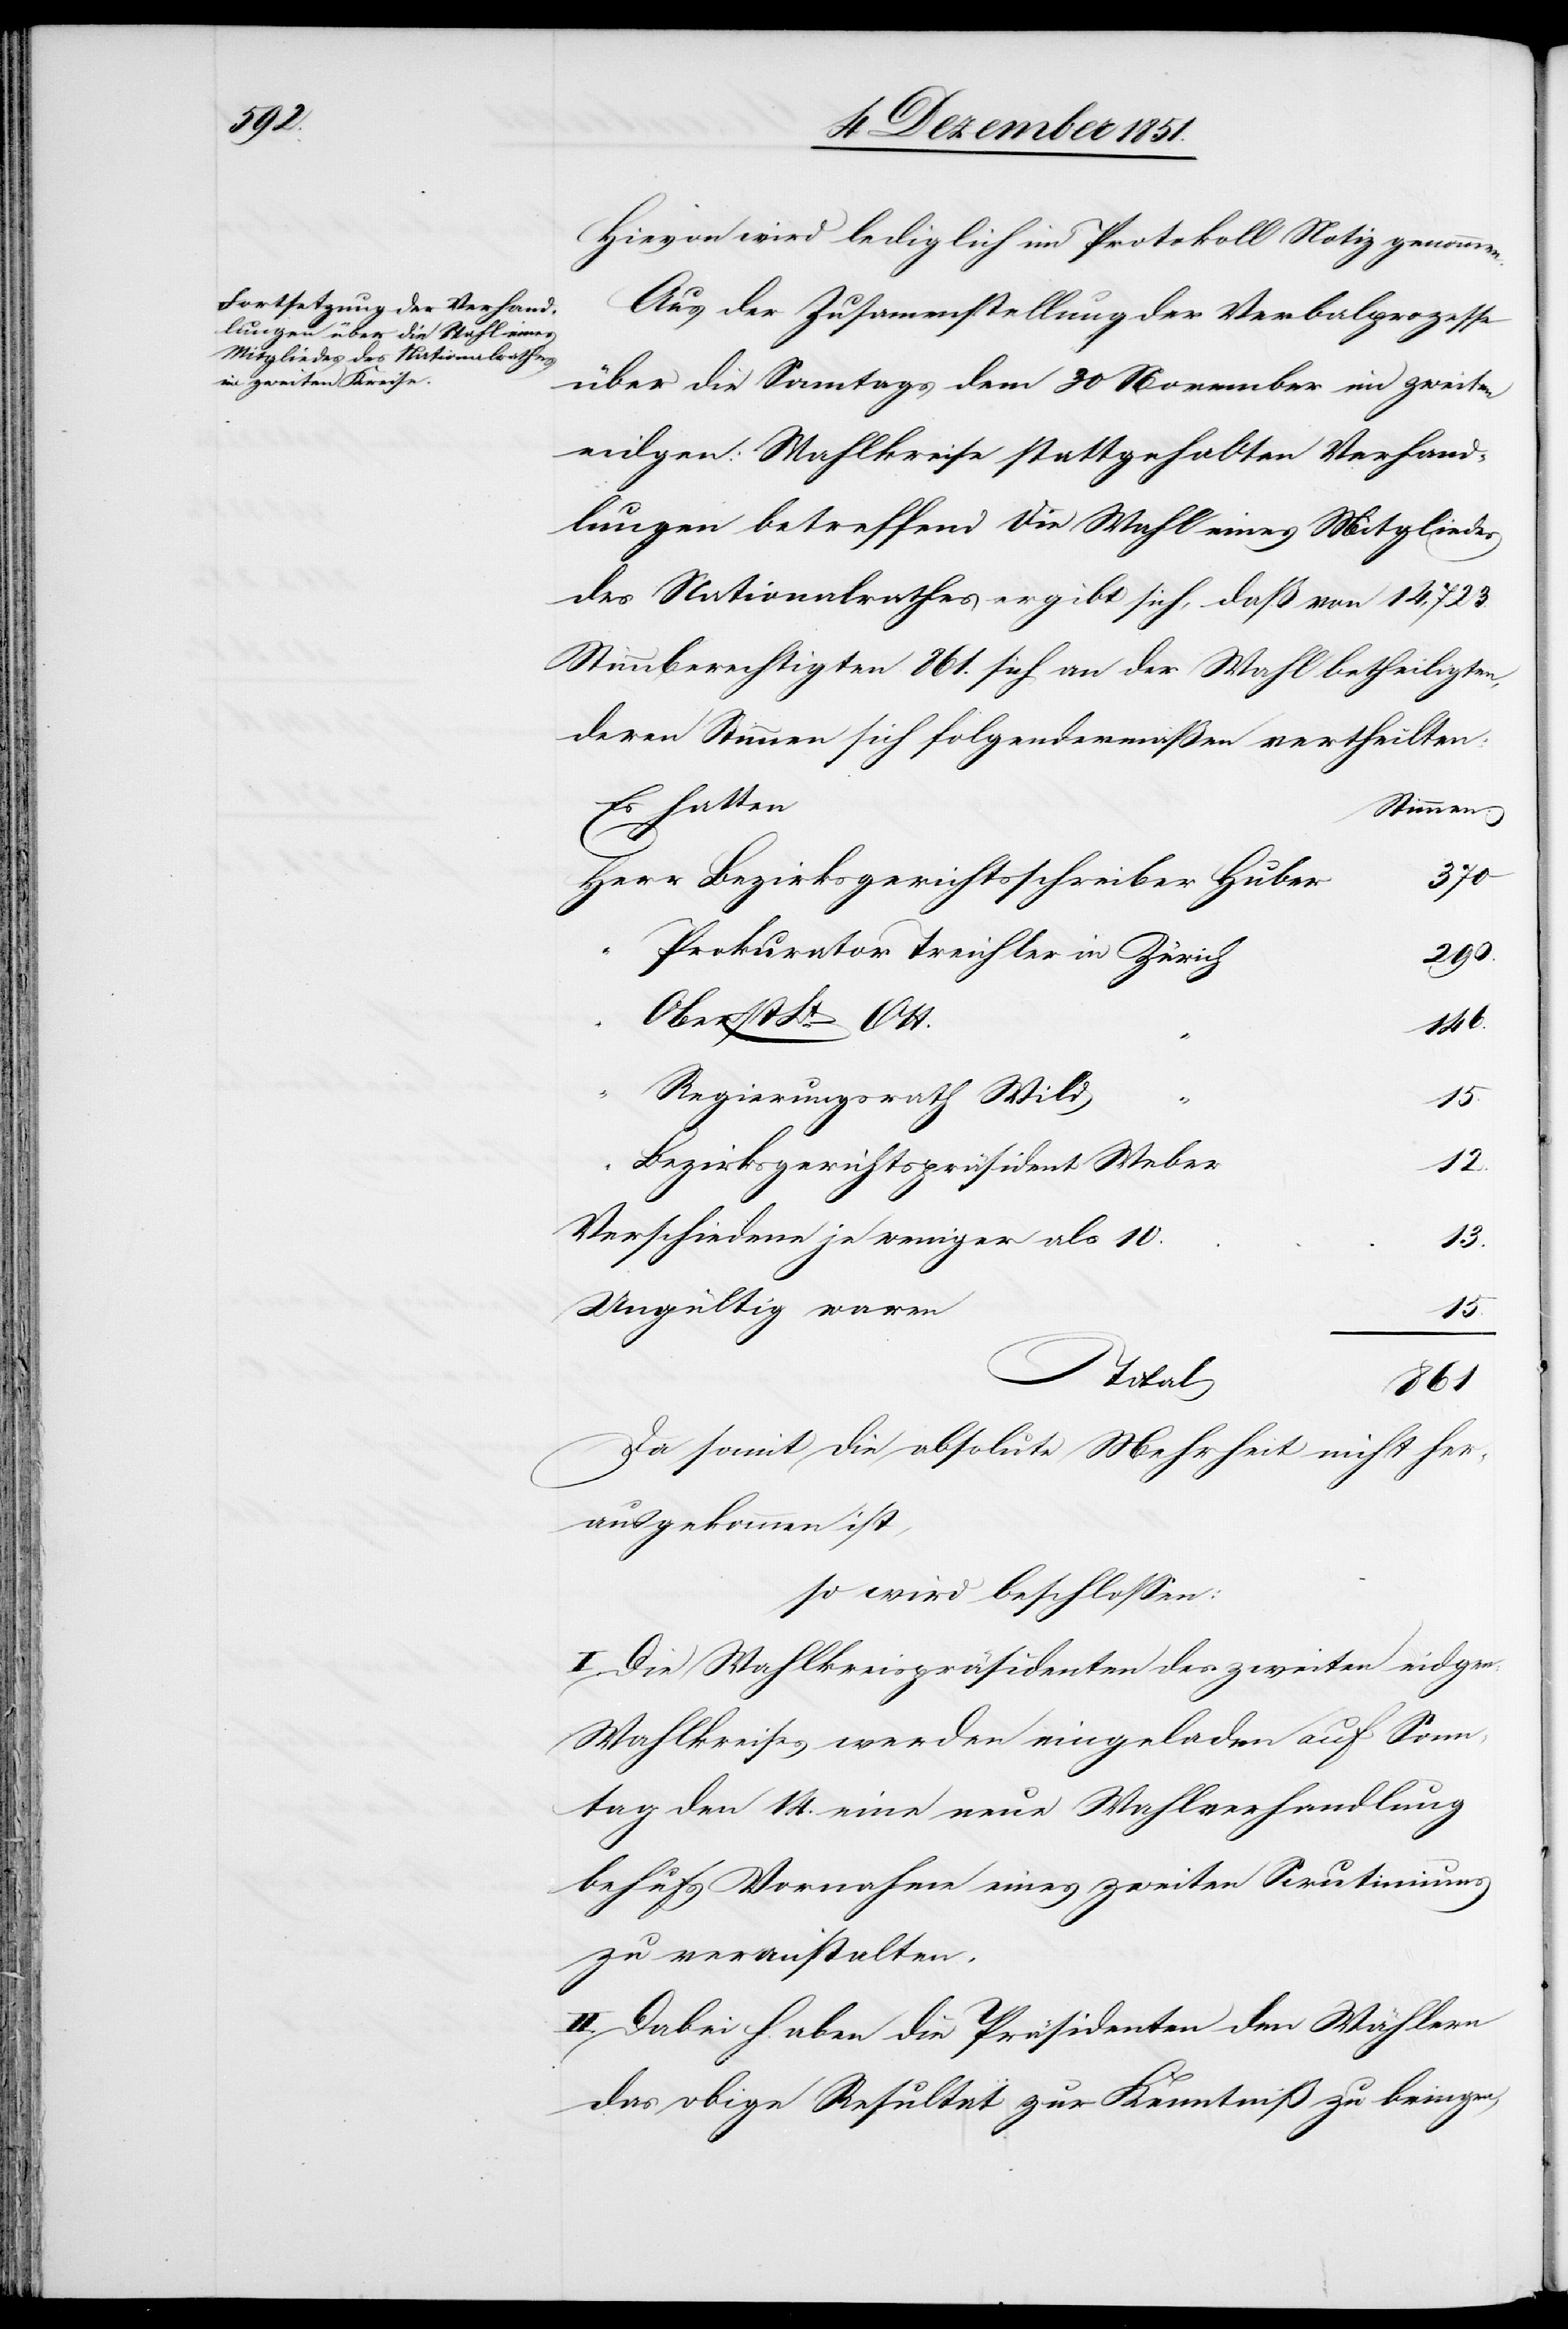
Hievon wird lediglich im Protokoll Notiz genommen.
Aus der Zusam[m]enstellung der Verbalprozesse
über die Sonntags dem [sic!] 30 November im zweiten
eidgen: Wahlkreise stattgehabten Verhand¬
lungen betreffend die Wahl eines Mitgliedes
des Nationalrathes ergibt sich, daß von 14,723.
Stimmberechtigten 861. sich an der Wahl betheiligten,
deren Stimmen sich folgendermaßen vertheilten:
Es hatten
Stimmen:
370
Bezirksgerichtsschreiber Huber
Prokurator Treichler in Zürich
290.
Oberst Lt. Ott.
146.
Regierungsrath Wild
15.
Bezirksgerichtspräsident Weber
12.
Verschiedene je weniger als 10.
13.
Ungültig waren
15.
Total
861
Da somit die absolute Mehrheit nicht her¬
ausgekommen ist,
so wird beschlossen:
I. Die Wahlkreispräsidenten des zweiten eidgen:
Wahlkreises werden eingeladen auf Sonn¬
tag den 14. eine neue Wahlverhandlung
behufs Vornahme eines zweiten Scrutiniums
zu veranstalten.
II. Dabei haben die Präsidenten den Wählern
das obige Resultat zur Kenntniß zu bringen,